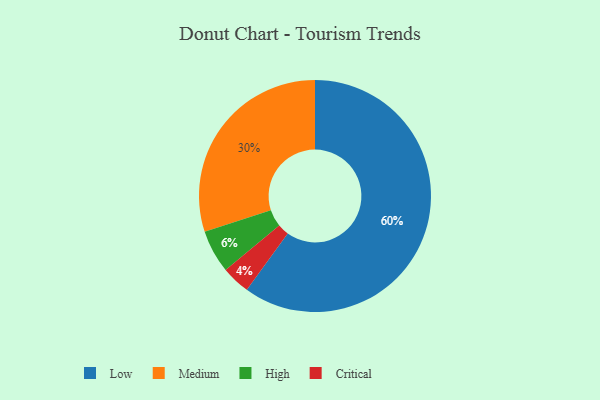
{"axis": {"x": "Category", "y": "Percentage"}, "legend": ["Critical", "High", "Low", "Medium"], "data": [{"x": "Low", "y": 60, "type": "Low"}, {"x": "Medium", "y": 30, "type": "Medium"}, {"x": "Critical", "y": 4, "type": "Critical"}, {"x": "High", "y": 6, "type": "High"}]}